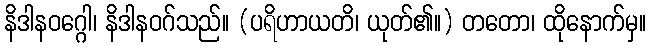
နိဒါနဝဂ္ဂေါ၊ နိဒါနဝဂ်သည်။ (ပရိဟာယတိ၊ ယုတ်၏။) တတော၊ ထိုနောက်မှ။